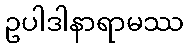
ဥပါဒါနာရာမဿ